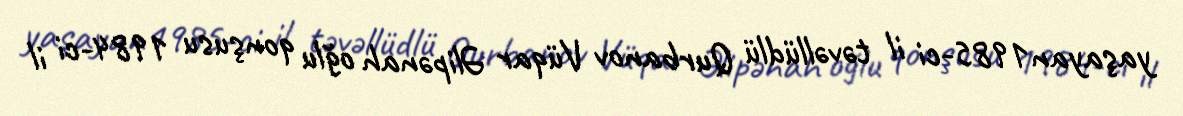
yaşayan1985-ci il təvəllüdlü Qurbanov Vüqar Əlipənah oğlu qonşusu 1984-ci il